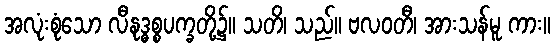
အလုံးစုံသော လီနုဒ္ဓစ္စပက္ခတို့၌။ သတိ၊ သည်။ ဗလဝတီ၊ အားသန်မူ ကား။